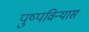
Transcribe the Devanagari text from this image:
पुष्पविन्यास